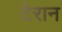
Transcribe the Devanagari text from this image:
टेरान